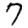
Digit: 7